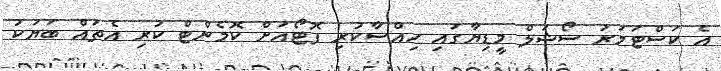
އެ ކަސްޓަމަރު ސޯޝަލް މީޑިޔާގައި ހިއްސާކުރި ފޮޓޯއަށް ކޮމެންޓް ކުރި އެތައް ބަޔަކު